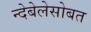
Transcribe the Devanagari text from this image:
न्देबेलेसोबत